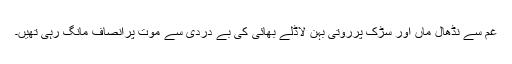
غم سے نڈھال ماں اور سڑک پرروتی بہن لاڈلے بھائی کی بے دردی سے موت پرانصاف مانگ رہی تھیں۔